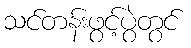
သင်တန်းဖွင့်ပွဲတွင်